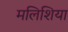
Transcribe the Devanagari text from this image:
मलिशिया